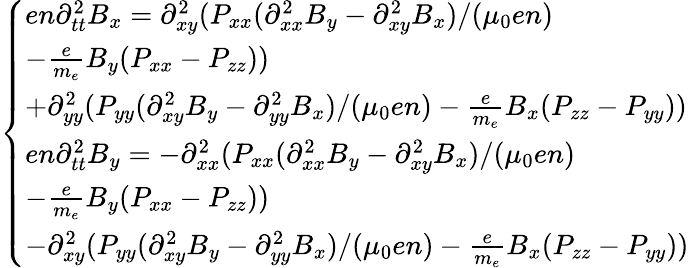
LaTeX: \begin{array}{r}{\left\{ \begin{array}{ll}{en\partial_{tt}^{2}B_{x}=\partial_{xy}^{2}(P_{xx}(\partial_{xx}^{2}B_{y}-\partial_{xy}^{2}B_{x})/(\mu_{0}en)}\\ {-\frac{e}{m_{e}}B_{y}(P_{xx}-P_{zz}))}\\ {+\partial_{yy}^{2}(P_{yy}(\partial_{xy}^{2}B_{y}-\partial_{yy}^{2}B_{x})/(\mu_{0}en)-\frac{e}{m_{e}}B_{x}(P_{zz}-P_{yy}))}\\ {en\partial_{tt}^{2}B_{y}=-\partial_{xx}^{2}(P_{xx}(\partial_{xx}^{2}B_{y}-\partial_{xy}^{2}B_{x})/(\mu_{0}en)}\\ {-\frac{e}{m_{e}}B_{y}(P_{xx}-P_{zz}))}\\ {-\partial_{xy}^{2}(P_{yy}(\partial_{xy}^{2}B_{y}-\partial_{yy}^{2}B_{x})/(\mu_{0}en)-\frac{e}{m_{e}}B_{x}(P_{zz}-P_{yy}))}\end{array}\right.}\end{array}